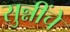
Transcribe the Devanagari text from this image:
सुन्नींचे